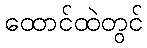
ထောင်ထဲတွင်